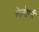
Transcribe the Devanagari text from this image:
लेनोर्मां